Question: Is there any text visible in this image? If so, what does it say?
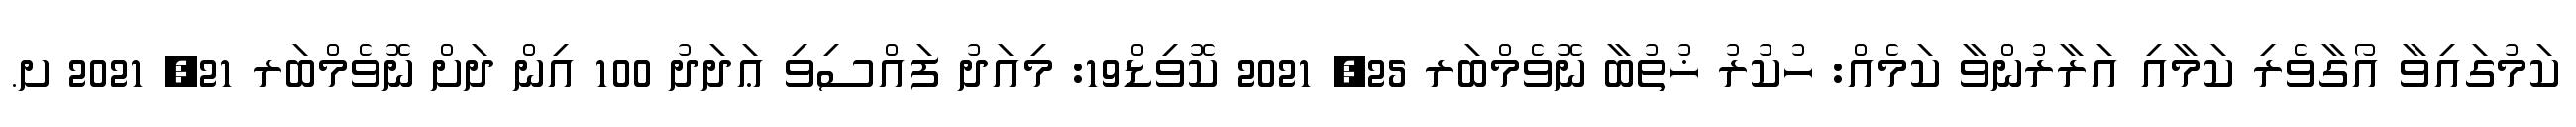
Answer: ކަމުގައިވާ އޯގާވެރި ކަމާއި އަރާރުންވާ ކަމެއް: ހުކުރު ޚުތުބާ ނޮވެމްބަރ 25, 2021 ކޮވިޑް19: މިއަދު ފައްސިވި ޢަދަދު 100 އިން ދަށް ނޮވެމްބަރ 21, 2021 ށ.